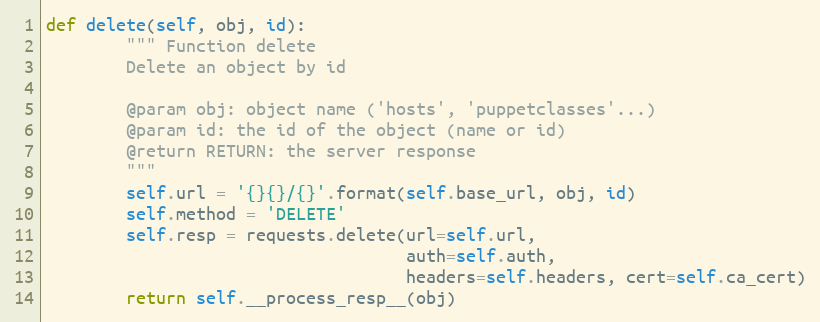
Language: Python
def delete(self, obj, id):
        """ Function delete
        Delete an object by id

        @param obj: object name ('hosts', 'puppetclasses'...)
        @param id: the id of the object (name or id)
        @return RETURN: the server response
        """
        self.url = '{}{}/{}'.format(self.base_url, obj, id)
        self.method = 'DELETE'
        self.resp = requests.delete(url=self.url,
                                    auth=self.auth,
                                    headers=self.headers, cert=self.ca_cert)
        return self.__process_resp__(obj)